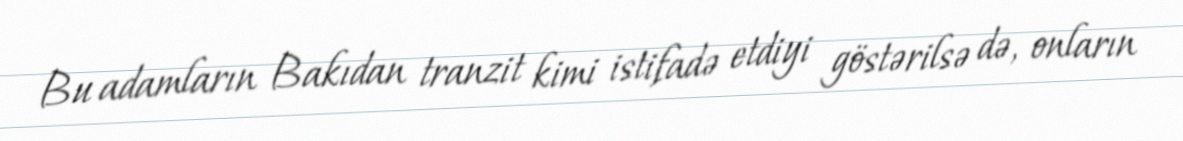
Bu adamların Bakıdan tranzit kimi istifadə etdiyi göstərilsə də, onların